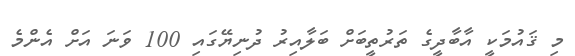
މި ޤައުމަކީ އާބާދީގެ ތަރުތީބަށް ބަލާއިރު ދުނިޔޭގައި 100 ވަނަ އަށް އެންމެ